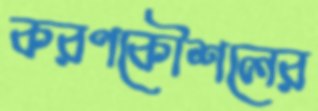
করণকৌশলের